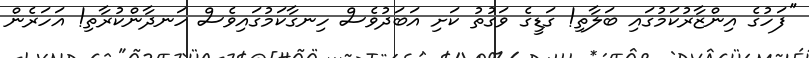
''ފަހުގެ އިންޒާރުކަމުގައި ބަލާތި! ގަޑީގެ ވަގުތު ކަށި އަބަދުވެސް ހިނގާކަމުގައިވެސް ހަނދާންކުރާތި! އަހަރެން